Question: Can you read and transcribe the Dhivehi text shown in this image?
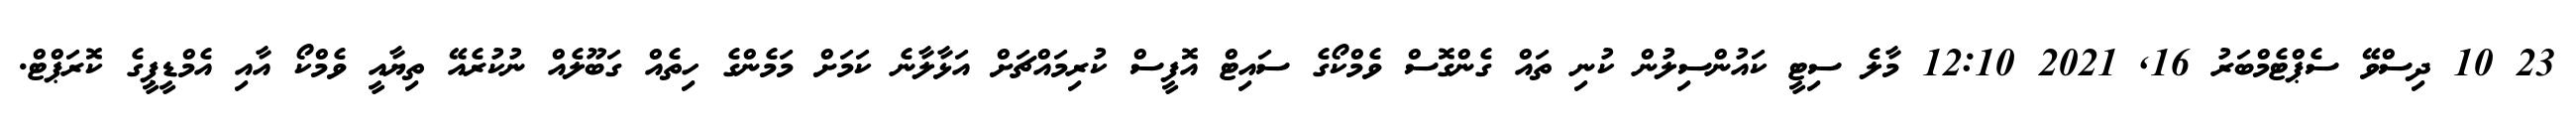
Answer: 23 10 ދިސްވޭ ސެޕްޓެމްބަރު 16, 2021 12:10 މާލެ ސިޓީ ކައުންސިލުން ކުނި ތައް ގެންގޮސް ވެމްކޯގެ ސައިޓް އޮފީސް ކުރިމައްޗަށް އަޅާލާނެ ކަމަށް މަމެންގެ ހިތެއް ގަބޫލެއް ނުކުރެއޭ ތިޔާއީ ވެމްކޯ އާއި އެމްޑީޕީގެ ކޮރަޕްޓް.